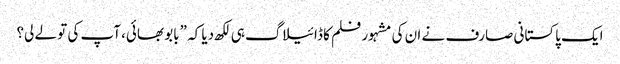
ایک پاکستانی صارف نے ان کی مشہور فلم کا ڈائیلاگ ہی لکھ دیا کہ ”بابو بھائی، آپ کی تو لے لی؟